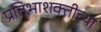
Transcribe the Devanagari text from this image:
प्रतिभाशक्तीच्या